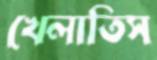
খেলাতিস